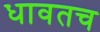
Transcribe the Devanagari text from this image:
धावतच